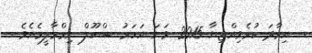
.  އިރާދަ ކުރެވިއްޖިޔާ 2015 ވަނަ އަހަރު ސްކޫލް ނިމްމާލީމެއެވެ .